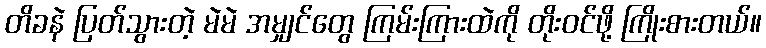
တိခနဲ ပြတ်သွားတဲ့ မဲမဲ အမျှင်တွေ ကြမ်းကြားထဲကို တိုးဝင်ဖို့ ကြိုးစားတယ်။